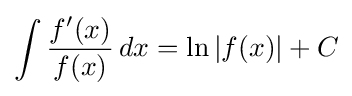
\int {\frac {f'(x)}{f(x)}}\,dx=\ln \left|f(x)\right|+C